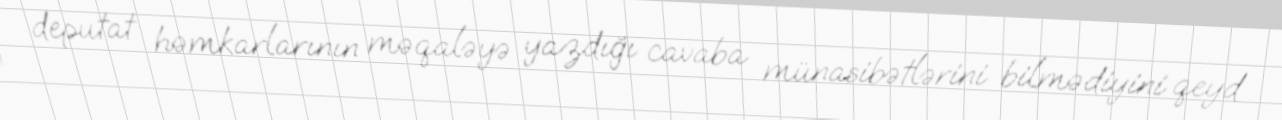
deputat həmkarlarının məqaləyə yazdığı cavaba münasibətlərini bilmədiyini qeyd